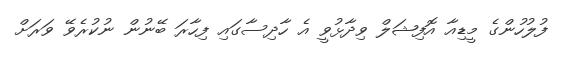
ފުލުހުންގެ މީޑިއާ އޮފިޝަލް ވިދާޅުވީ އެ ހާދިސާގައި ފިހާރަ ބޭނުން ނުކުރެވޭ ވަރަށް